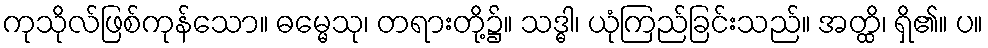
ကုသိုလ်ဖြစ်ကုန်သော။ ဓမ္မေသု၊ တရားတို့၌။ သဒ္ဓါ၊ ယုံကြည်ခြင်းသည်။ အတ္ထိ၊ ရှိ၏။ ပ။